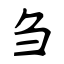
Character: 刍